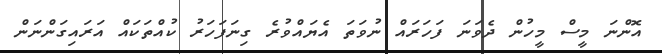
އޮންނަ މީސް މީހުން ދެވަނަ ފަހަރައް ނުވަތަ އެޔައްވުރެ ގިނަފަހަރު ކުއްތަކައް އަރައިގަންނަންް